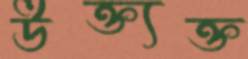
উক্ত্যক্ত